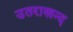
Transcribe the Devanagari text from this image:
उतराखन्द